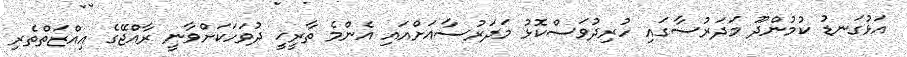
އަޅުގަނޑު ކުމުންދޫ މަދަރުސާގައި ހުރިދުވަސްކޮޅު މަދަރުސާއަށްއައި އެންމެ ތާރީޚީ ދުވަހަކަށްވާނީ ރާއްޖޭގެ ޢިއްޒަތްތެރި